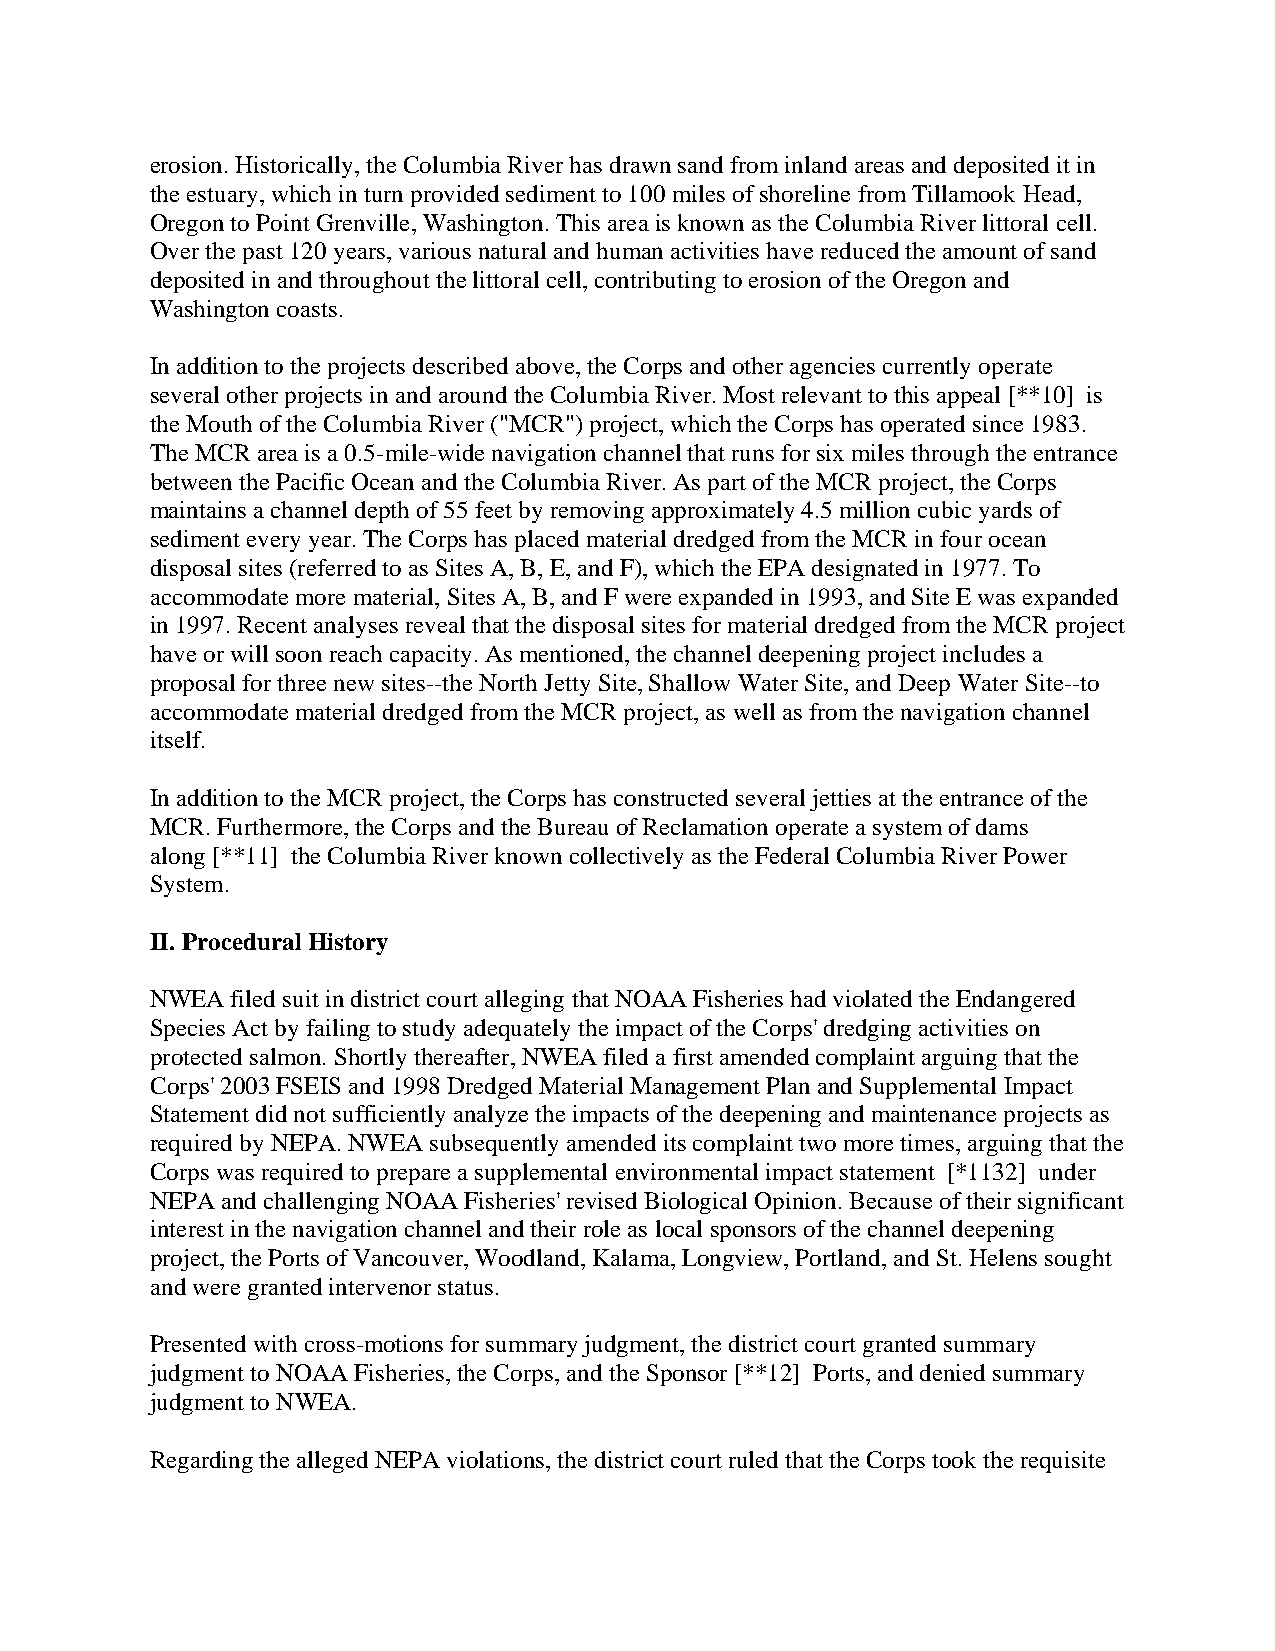
erosion. Historically, the Columbia River has drawn sand from inland areas and deposited it in
 the estuary, which in turn provided sediment to 100 miles of shoreline from Tillamook Head,
 Oregon to Point Grenville, Washington. This area is known as the Columbia River littoral cell.
 Over the past 120 years, various natural and human activities have reduced the amount of sand
 deposited in and throughout the littoral cell, contributing to erosion of the Oregon and
 Washington coasts.
 In addition to the projects described above, the Corps and other agencies currently operate
 several other projects in and around the Columbia River. Most relevant to this appeal [**10] is
 the Mouth of the Columbia River ("MCR") project, which the Corps has operated since 1983.
 The MCR area is a 0.5-mile-wide navigation channel that runs for six miles through the entrance
 between the Pacific Ocean and the Columbia River. As part of the MCR project, the Corps
 maintains a channel depth of 55 feet by removing approximately 4.5 million cubic yards of
 sediment every year. The Corps has placed material dredged from the MCR in four ocean
 disposal sites (referred to as Sites A, B, E, and F), which the EPA designated in 1977. To
 accommodate more material, Sites A, B, and F were expanded in 1993, and Site E was expanded
 in 1997. Recent analyses reveal that the disposal sites for material dredged from the MCR project
 have or will soon reach capacity. As mentioned, the channel deepening project includes a
 proposal for three new sites--the North Jetty Site, Shallow Water Site, and Deep Water Site--to
 accommodate material dredged from the MCR project, as well as from the navigation channel
 itself.
 In addition to the MCR project, the Corps has constructed several jetties at the entrance of the
 MCR. Furthermore, the Corps and the Bureau of Reclamation operate a system of dams
 along [**11] the Columbia River known collectively as the Federal Columbia River Power
 System.
 II. Procedural History
 NWEA filed suit in district court alleging that NOAA Fisheries had violated the Endangered
 Species Act by failing to study adequately the impact of the Corps' dredging activities on
 protected salmon. Shortly thereafter, NWEA filed a first amended complaint arguing that the
 Corps' 2003 FSEIS and 1998 Dredged Material Management Plan and Supplemental Impact
 Statement did not sufficiently analyze the impacts of the deepening and maintenance projects as
 required by NEPA. NWEA subsequently amended its complaint two more times, arguing that the
 Corps was required to prepare a supplemental environmental impact statement [*1132] under
 NEPA and challenging NOAA Fisheries' revised Biological Opinion. Because of their significant
 interest in the navigation channel and their role as local sponsors of the channel deepening
 project, the Ports of Vancouver, Woodland, Kalama, Longview, Portland, and St. Helens sought
 and were granted intervenor status.
 Presented with cross-motions for summary judgment, the district court granted summary
 judgment to NOAA Fisheries, the Corps, and the Sponsor [**12] Ports, and denied summary
 judgment to NWEA.
 Regarding the alleged NEPA violations, the district court ruled that the Corps took the requisite